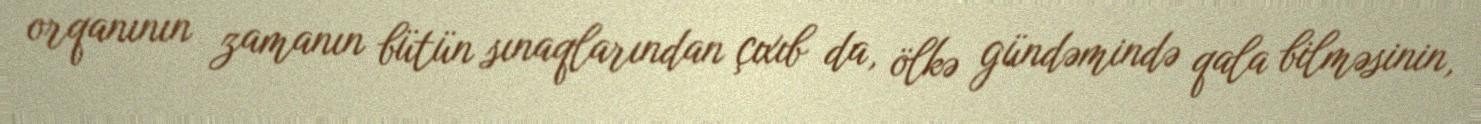
orqanının zamanın bütün sınaqlarından çıxıb da, ölkə gündəmində qala bilməsinin,